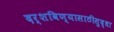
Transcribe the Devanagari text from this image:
दर्शविण्यासाठीसुद्धा